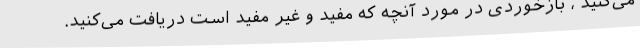
می‌کنید ، بازخوردی در مورد آنچه که مفید و غیر مفید است دریافت می‌کنید.